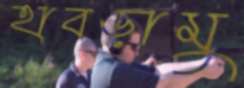
হাবড়ামু